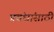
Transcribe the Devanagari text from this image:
प्रबंधांसाठी